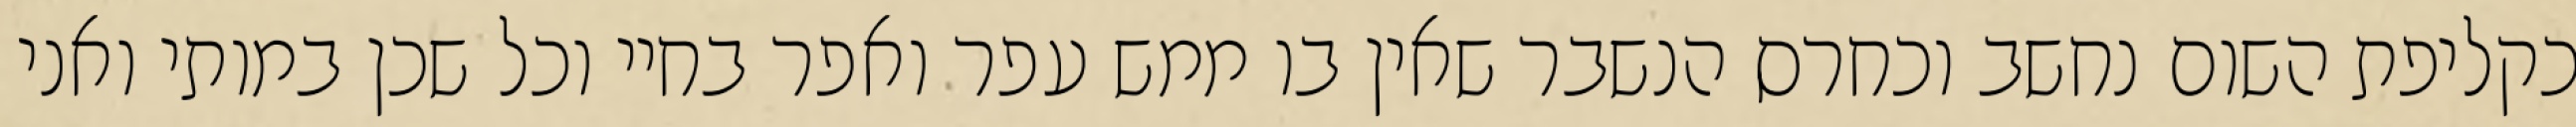
כקליפת השום נחשב וכחרס הנשבר שאין בו ממש עפר ואפר בחיי וכל שכן במותי ואני